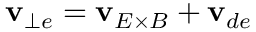
\mathbf { v } _ { \perp e } = \mathbf { v } _ { E \times B } + \mathbf { v } _ { d e }